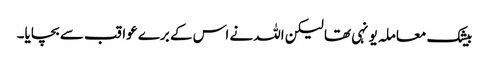
بیشک معاملہ یونہی تھا لیکن اللہ نے اس کے برے عواقب سے بچایا۔